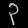
Digit: ၃